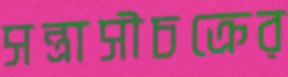
সন্ত্রাসীচক্রের